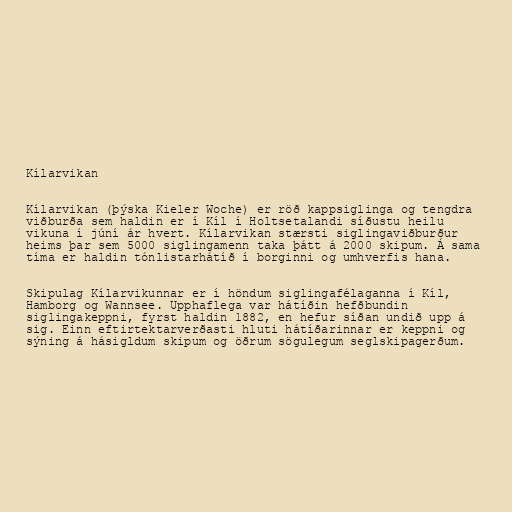
Kílarvikan

Kílarvikan (þýska Kieler Woche) er röð kappsiglinga og tengdra
viðburða sem haldin er í Kíl í Holtsetalandi síðustu heilu
vikuna í júní ár hvert. Kílarvikan stærsti siglingaviðburður
heims þar sem 5000 siglingamenn taka þátt á 2000 skipum. Á sama
tíma er haldin tónlistarhátíð í borginni og umhverfis hana.

Skipulag Kílarvikunnar er í höndum siglingafélaganna í Kíl,
Hamborg og Wannsee. Upphaflega var hátíðin hefðbundin
siglingakeppni, fyrst haldin 1882, en hefur síðan undið upp á
sig. Einn eftirtektarverðasti hluti hátíðarinnar er keppni og
sýning á hásigldum skipum og öðrum sögulegum seglskipagerðum.